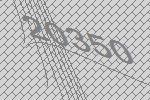
20350